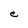
Character: e